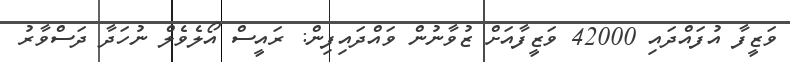
ވަޒީފާ އުފައްދައި 42000 ވަޒީފާއަށް ޒުވާނުން ވައްދައިފިން: ރައީސް އޯލެވެލް ނުހަދާ ދަސްވާރު